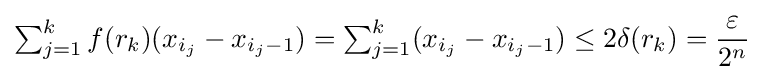
{\textstyle \textstyle \sum _{j=1}^{k}\displaystyle f(r_{k})(x_{i_{j}}-x_{i_{j}-1})=\textstyle \sum _{j=1}^{k}\displaystyle (x_{i_{j}}-x_{i_{j}-1})\leq 2\delta (r_{k})={\frac {\varepsilon }{2^{n}}}}